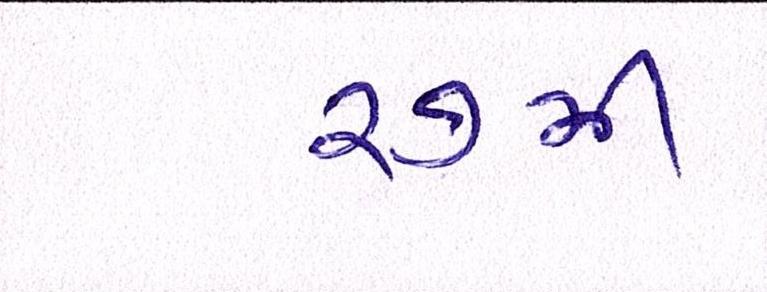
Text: ૨૭મી